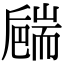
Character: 𦓝